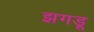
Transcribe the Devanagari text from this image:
झगडू